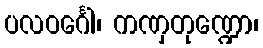
ပလဝင်္ဂေါ၊ ကဏှတုဏ္ဍော၊